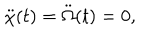
\ddot { \chi } ( t ) = \ddot { \Omega } ( t ) = 0 ,